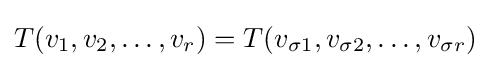
T(v_{1},v_{2},\ldots ,v_{r})=T(v_{\sigma 1},v_{\sigma 2},\ldots ,v_{\sigma r})